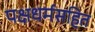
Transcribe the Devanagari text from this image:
पक्षधर्मसहित